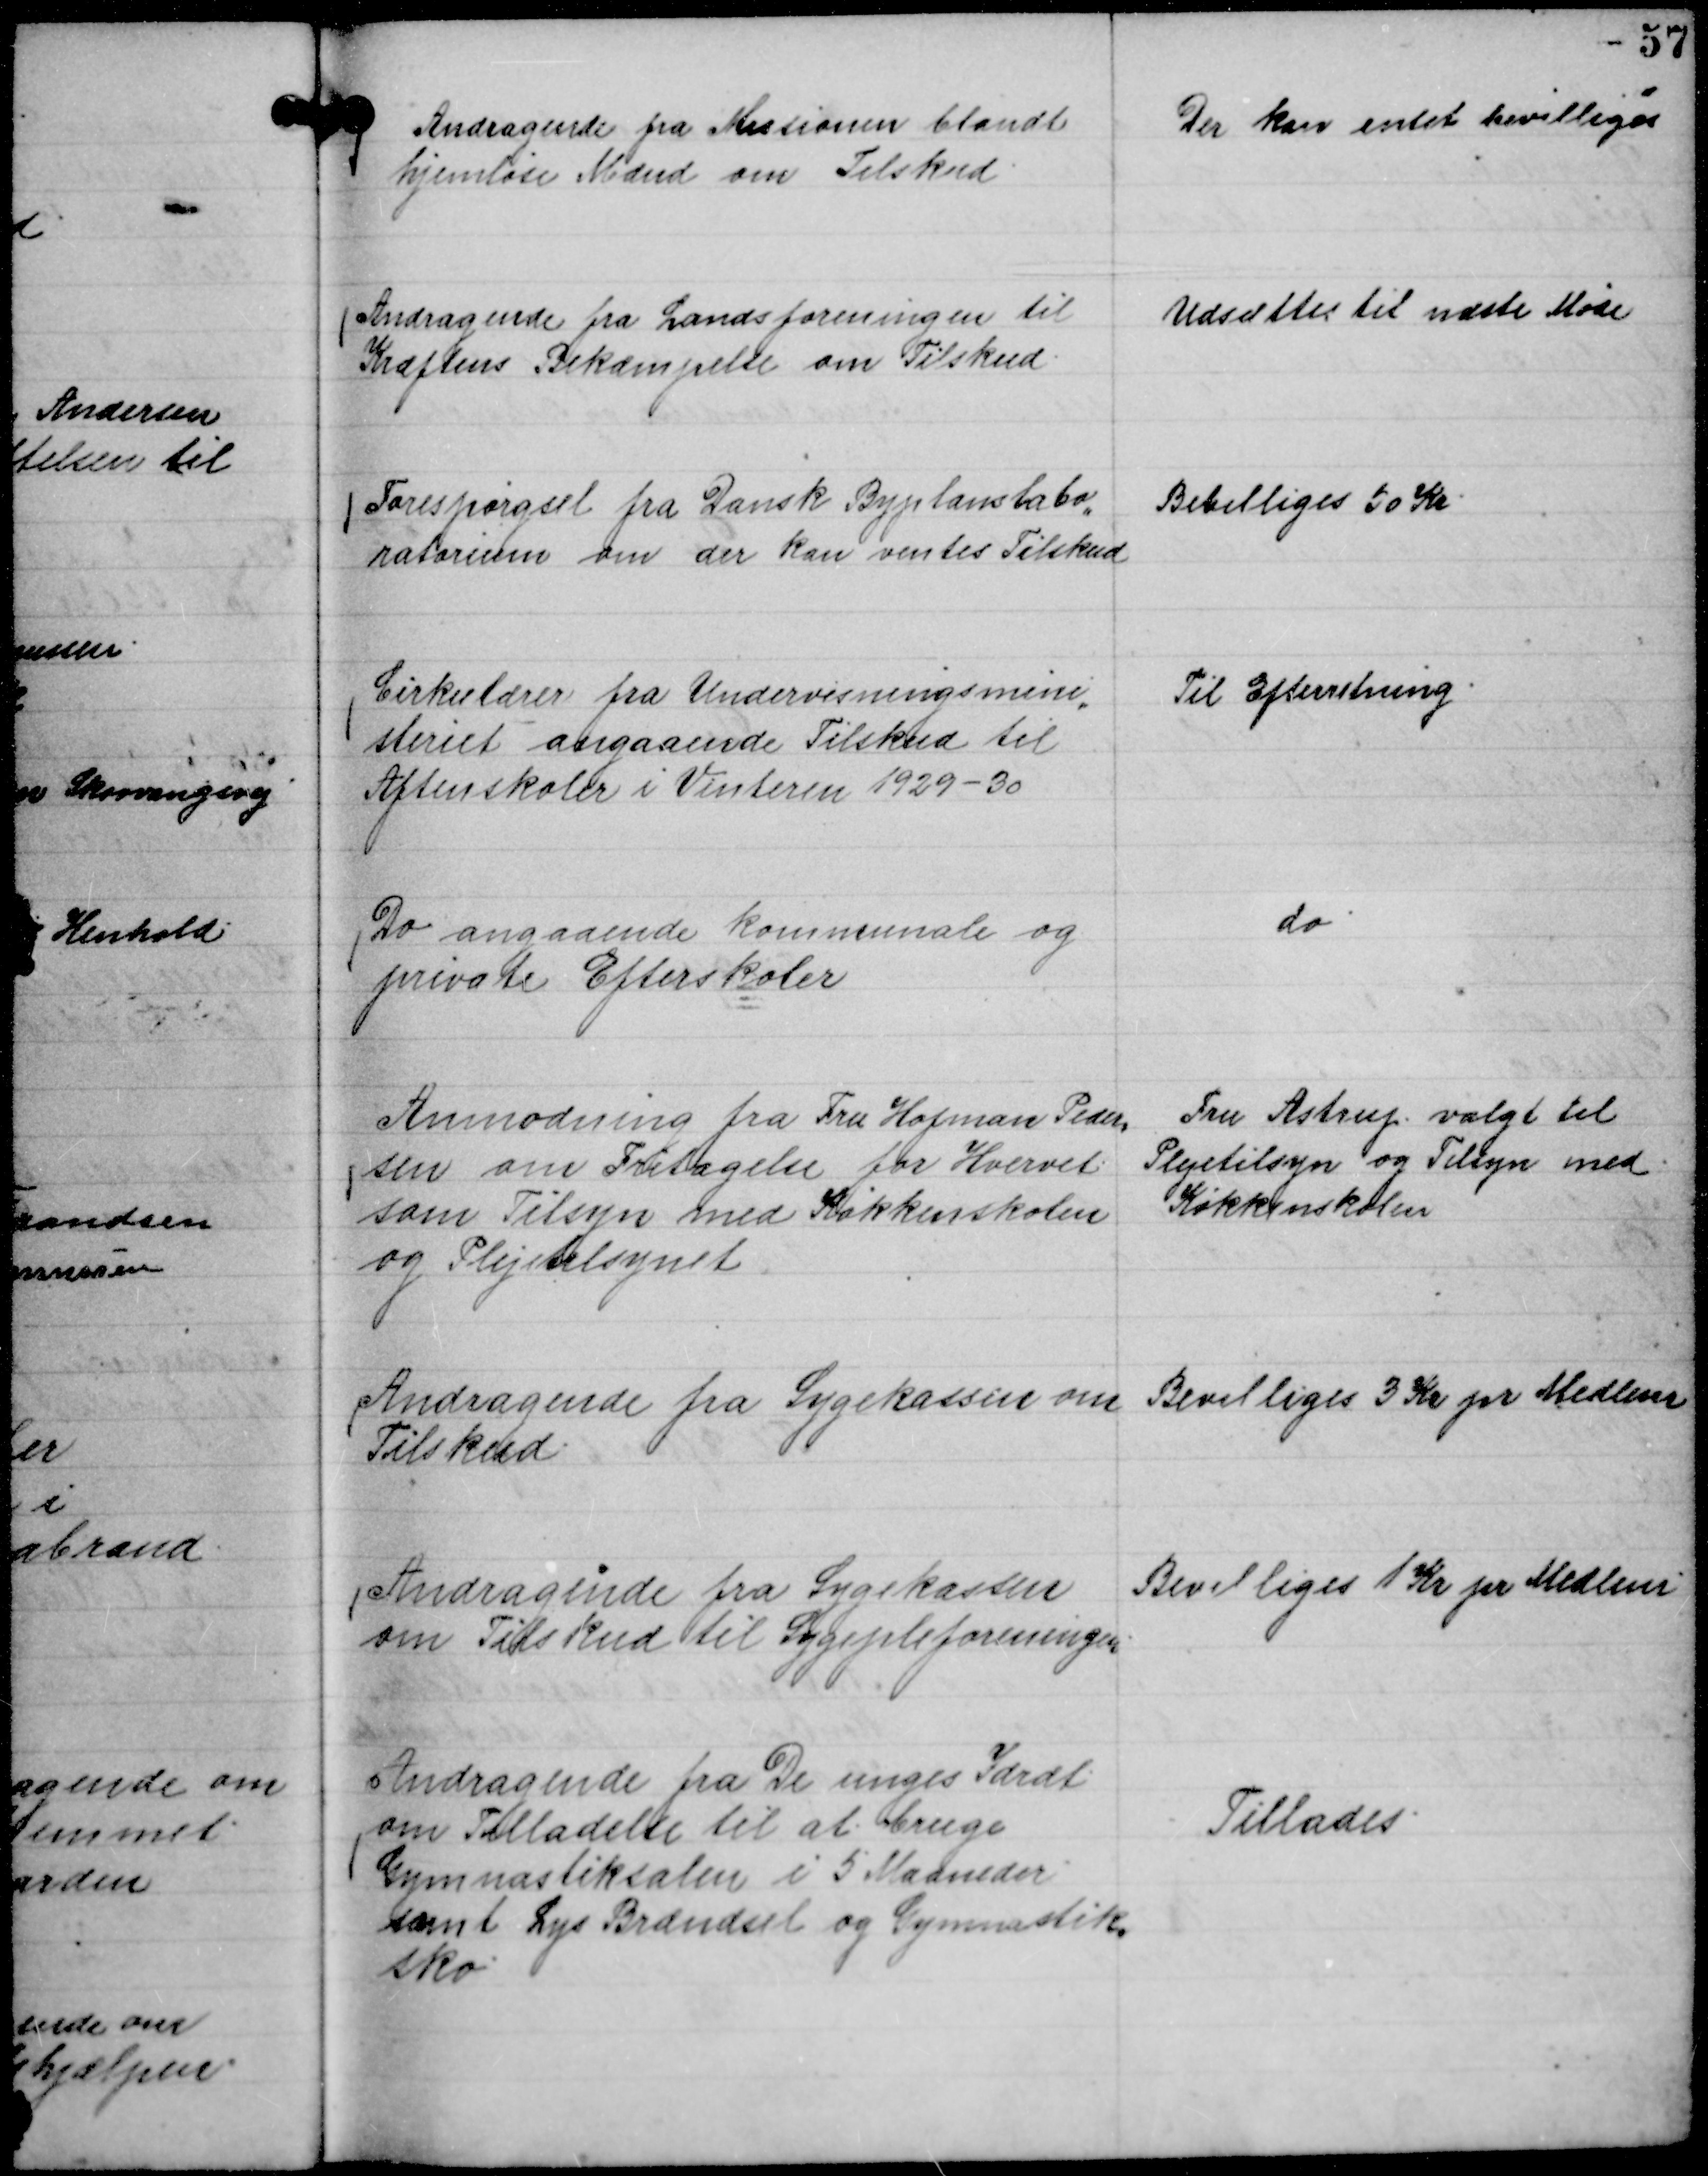
Transskription:
Andragende fra Missionen blandt
hjemløse Mænd om Tilskud.

Der kan intet bevilliges

Andragende fra Landsforeningen til
Kræftens Bekæmpelse om Tilskud.

Udsættes til næste Møde

Forespørgsel fra Dansk Byplanslabo,,
ratorium om der kan ventes Tilskud

Bevilliges 50 Kr.

Cirkulære fra Undervisningsmini,,
steriet angaaende Tilskud til
Aftenskoler i Vinteren 1929-30

Til Efterretning.

Do angaaende kommunale og
private Efterskoler

do

Anmodning fra Fru Hofman Peder,,
sen om Fritagelse for Hvervet
som Tilsyn med Køkkenskolen
og Plejetilsynet

Fru Astrup valgt til
Plejetilsyn og Tilsyn med
Køkkenskolen

Andragende fra Sygekassen om
Tilskud.

Bevilliges 3 Kr pr Medlem

Andragende fra Sygekassen
om Tilskud til Sygepleforeningen

Bevilliges 1 Kr pr Medlem

Andragende fra De unges Idræt
om Tilladelse til at bruge
Gymnastiksalen i 5 Maaneder
samt Lys Brændsel og Gymnastik,,
sko

Tillades.